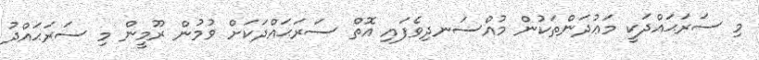
މި ސަރަޙައްދަކީ މަޢުދަންތަކުން މުއްސަނދިވެފައި އޮތް ސަރަޙައްދަކަށް ވުމުން ރޫމީން މި ސަރަޙައްދު